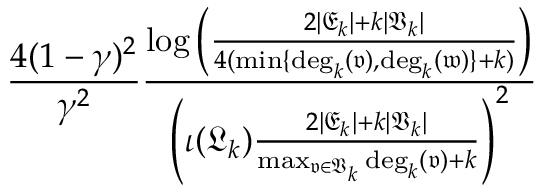
\frac { 4 ( 1 - \gamma ) ^ { 2 } } { \gamma ^ { 2 } } \frac { \log \left( \frac { 2 | \mathfrak { E } _ { k } | + k | \mathfrak { V } _ { k } | } { 4 ( \operatorname* { m i n } \{ \mathrm { d e g } _ { k } ( \mathfrak { v } ) , \mathrm { d e g } _ { k } ( \mathfrak { w } ) \} + k ) } \right) } { \left( \iota ( \mathfrak { L } _ { k } ) \frac { 2 | \mathfrak { E } _ { k } | + k | \mathfrak { V } _ { k } | } { \operatorname* { m a x } _ { \mathfrak { v } \in \mathfrak { V } _ { k } } \mathrm { d e g } _ { k } ( \mathfrak { v } ) + k } \right) ^ { 2 } }